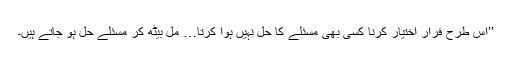
’’اس طرح فرار اختیار کرنا کسی بھی مسئلے کا حل نہیں ہوا کرتا… مل بیٹھ کر مسئلے حل ہو جاتے ہیں۔